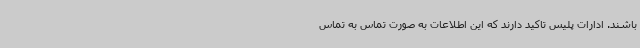
باشند. ادارات پلیس تاکید دارند که این اطلاعات به صورت تماس به تماس